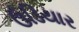
ઉડિયાર